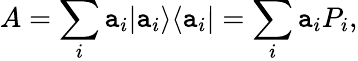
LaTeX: A=\sum_{i}\mathtt{a}_{i}|\mathtt{a}_{i}\rangle\langle\mathtt{a}_{i}|=\sum_{i}\mathtt{a}_{i}P_{i},